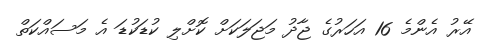
އޭރު އެންމެ 16 އަހަރުގެ ޖާދު މަޖަލަކަށް ކޮށްލި ކުޑަކުޑަ އެ މަސައްކަތް